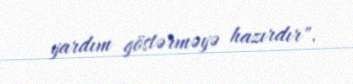
yardım göstərməyə hazırdır".